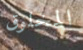
المخلوق